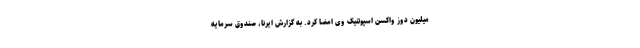
میلیون دوز واکسن اسپوتنیک وی امضا کرد. به گزارش ایرنا، صندوق سرمایه